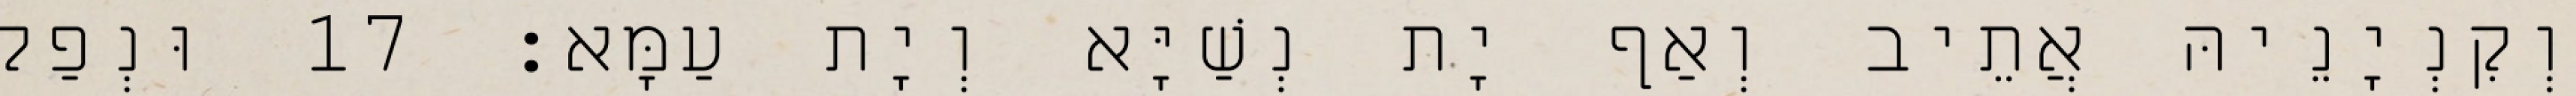
וְקִנְיָנֵיהּ אֲתֵיב וְאַף יָת נְשַׁיָּא וְיָת עַמָּא׃ 17 וּנְפַק